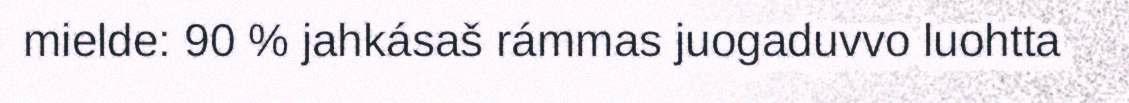
mielde: 90 % jahkásaš rámmas juogaduvvo luohtta